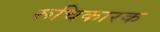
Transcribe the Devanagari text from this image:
रूचिकारक